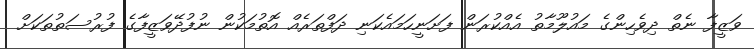
ވަޒީފާ ނެތް ދިވެހިންގެ މައުލޫމާތު އެއްކުރަން ފަށަނީހަމައެކަނި ދަފްތަރެއް އޮތުމަކުން ނުފުދޭވަޒީފާގެ ފުރުސަތުތަކަށް